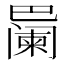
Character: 𪩱